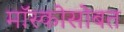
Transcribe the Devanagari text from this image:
मॉस्कोसोबत